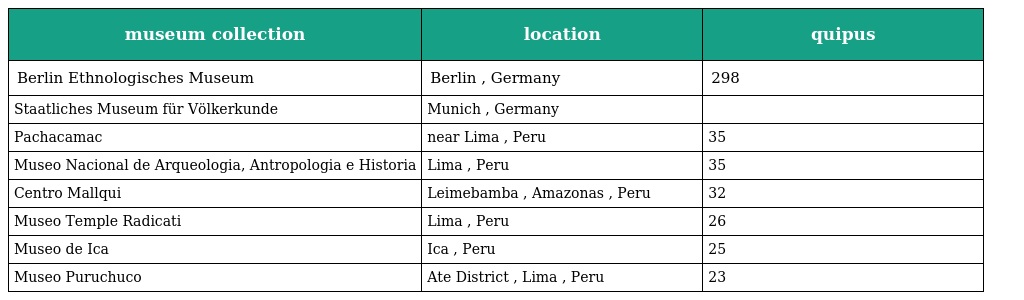
| museum collection | location | quipus |
 | --- | --- | --- |
 | Berlin Ethnologisches Museum | Berlin , Germany | 298 |
 | Staatliches Museum für Völkerkunde | Munich , Germany |  |
 | Pachacamac | near Lima , Peru | 35 |
 | Museo Nacional de Arqueologia, Antropologia e Historia | Lima , Peru | 35 |
 | Centro Mallqui | Leimebamba , Amazonas , Peru | 32 |
 | Museo Temple Radicati | Lima , Peru | 26 |
 | Museo de Ica | Ica , Peru | 25 |
 | Museo Puruchuco | Ate District , Lima , Peru | 23 |